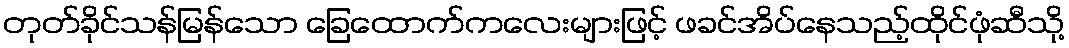
တုတ်ခိုင်သန်မြန်သော ခြေထောက်ကလေးများဖြင့် ဖခင်အိပ်နေသည့်ထိုင်ဖုံဆီသို့